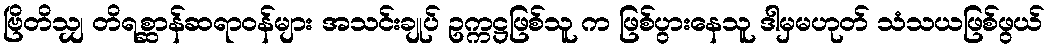
ဗြိတိသျှ တိရစ္ဆာန်ဆရာဝန်များ အသင်းချုပ် ဥက္ကဋ္ဌဖြစ်သူ က ဖြစ်ပွားနေသူ ဒါမှမဟုတ် သံသယဖြစ်ဖွယ်